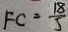
F C = \frac { 1 8 } { 5 }